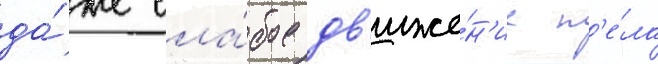
да́же сла́бое дв'иже́н'ие т'е́ла